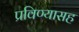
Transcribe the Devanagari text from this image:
प्रविण्यासह